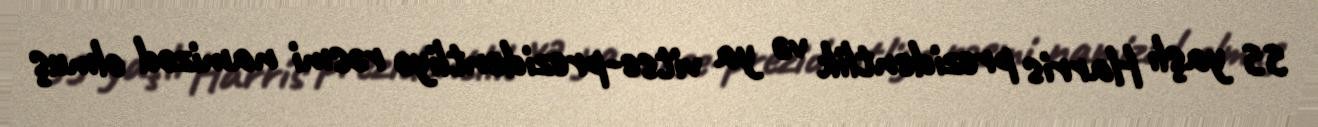
55 yaşlı Harris prezidentlik və ya vitse-prezidentliyə rəsmi namizəd olmuş